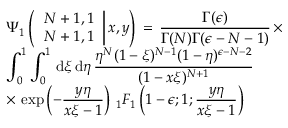
\begin{array} { l } { \displaystyle \Psi _ { 1 } \left( \left. \begin{array} { l } { N + 1 , 1 } \\ { N + 1 , 1 } \end{array} \right| x , y \right) \, = \, \frac { \Gamma ( \epsilon ) } { \Gamma ( N ) \Gamma ( \epsilon - N - 1 ) } \, \times } \\ { \displaystyle \int _ { 0 } ^ { 1 } \int _ { 0 } ^ { 1 } \, \mathrm { d } \xi \, \mathrm { d } \eta \, \frac { \eta ^ { N } ( 1 - \xi ) ^ { N - 1 } ( 1 - \eta ) ^ { \epsilon - N - 2 } } { ( 1 - x \xi ) ^ { N + 1 } } \, } \\ { \displaystyle \times \, \exp \left( - \frac { y \eta } { x \xi - 1 } \right) \, _ { 1 } F _ { 1 } \left( 1 - \epsilon ; 1 ; \frac { y \eta } { x \xi - 1 } \right) } \end{array}